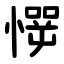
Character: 㦍